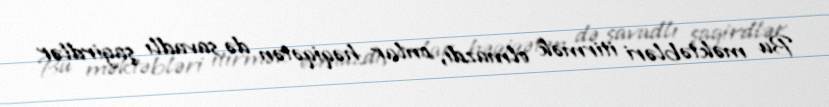
Bu məktəbləri itirmək olmazdı, onlar həqiqətən də savadlı şagirdlər